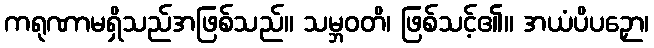
ကရုဏာမရှိသည်အဖြစ်သည်။ သမ္ဘဝတိ၊ ဖြစ်သင့်၏။ အယံပိပဉှော၊